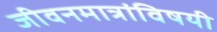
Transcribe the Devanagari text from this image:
जीवनमात्रांविषयी